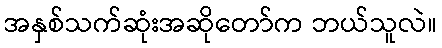
အနှစ်သက်ဆုံးအဆိုတော်က ဘယ်သူလဲ။